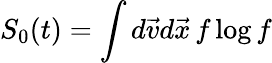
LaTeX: S_{0}(t)=\int d\vec{v}d\vec{x}\, f\log f